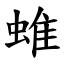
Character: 蜼